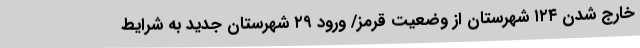
خارج شدن ۱۲۴ شهرستان از وضعیت قرمز/ ورود ۲۹ شهرستان جدید به شرایط